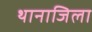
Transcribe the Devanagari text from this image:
थानाजिला